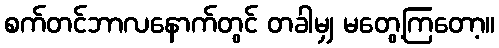
စက်တင်ဘာလနောက်တွင် တခါမျှ မတွေ့ကြတော့။